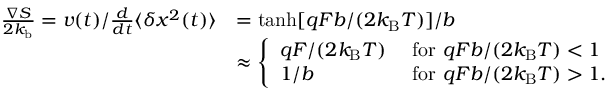
\begin{array} { r l } { \frac { \nabla S } { 2 k _ { \mathrm { b } } } = v ( t ) / \frac { d } { d t } \langle \delta x ^ { 2 } ( t ) \rangle } & { = \operatorname { t a n h } [ q F b / ( 2 k _ { \mathrm { B } } T ) ] / b } \\ & { \approx \left\{ \begin{array} { l l } { q F / ( 2 k _ { \mathrm { B } } T ) } & { \mathrm { ~ f o r ~ } q F b / ( 2 k _ { \mathrm { B } } T ) < 1 } \\ { \displaystyle 1 / b } & { \mathrm { ~ f o r ~ } q F b / ( 2 k _ { \mathrm { B } } T ) > 1 . } \end{array} \right. } \end{array}